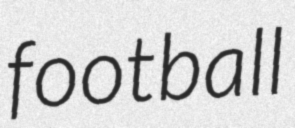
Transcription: football